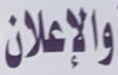
والاعلان